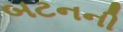
બટનની